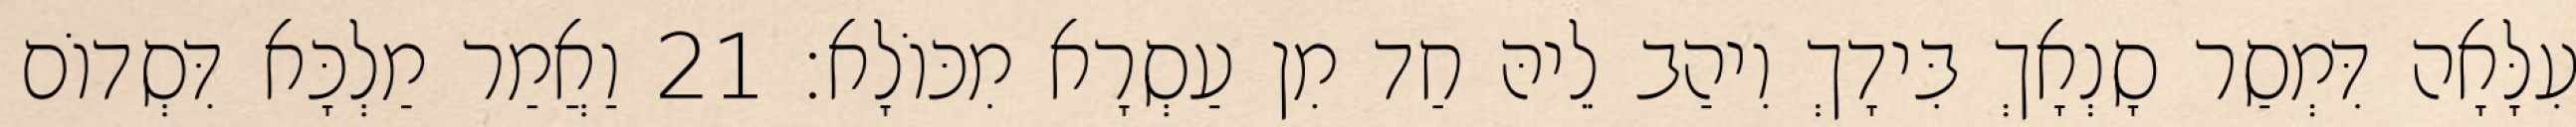
עִלָּאָה דִּמְסַר סָנְאָךְ בִּידָךְ וִיהַב לֵיהּ חַד מִן עַסְרָא מִכּוֹלָא׃ 21 וַאֲמַר מַלְכָּא דִּסְדוֹם